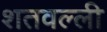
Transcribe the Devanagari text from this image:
शतवल्ली